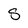
Character: S